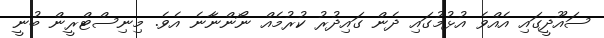
ސައޫދީގައި އެއްވެ އުޅުމުގައި ދެން ގައިދުރު ކުރުމެއް ނޯންނާނެ އެވެ. މިނިސްޓްރީން ބުނީ